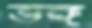
ভঙ্গ